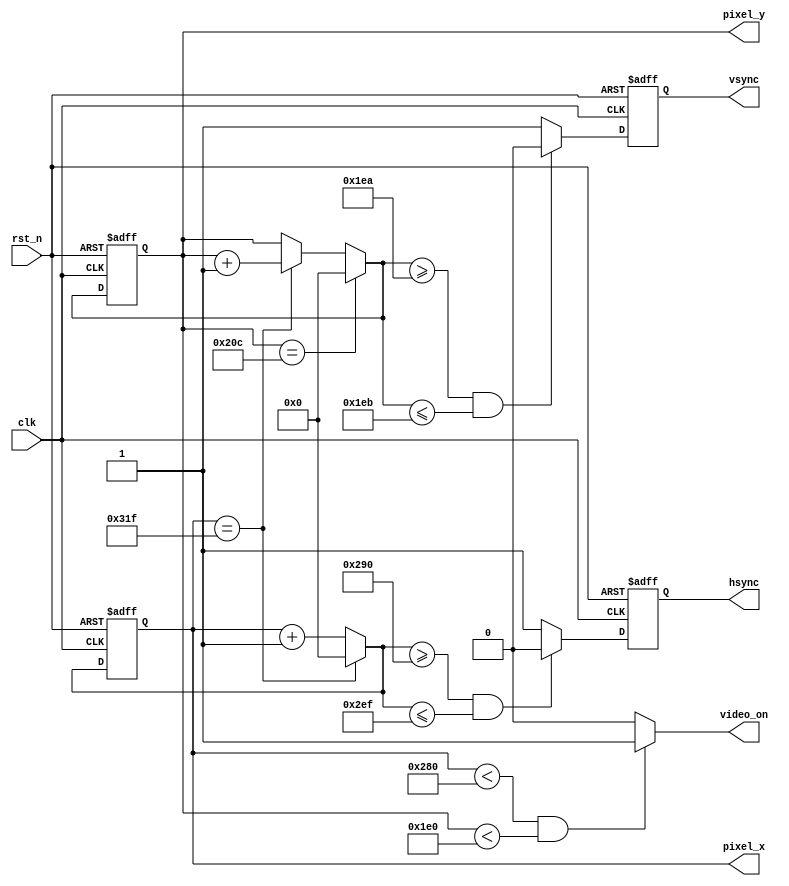
// This program was cloned from: https://github.com/AngeloJacobo/FPGA_RealTime_and_Static_Sobel_Edge_Detection
// License: MIT License

`timescale 1ns / 1ps

module vga_core(
	input wire clk,rst_n, //clock must be 25MHz for 640x480 30fps
	output wire hsync,vsync,
	output reg video_on,
	output wire[11:0] pixel_x,pixel_y
    );		//650x480 parameters
	 localparam HD=640, //Horizontal Display
					HR=16, //Right Border
					HRet=96, //Horizontal Retrace
					HL=48, //Left Border
					
					VD=480, //Vertical Display
					VB=10, //Bottom Border
					VRet=2, //Vertical Retrace
					VT=33; //Top Border
	reg[11:0] vctr_q=0,vctr_d; //counter for vertical scan
	reg[11:0] hctr_q=0,hctr_d; //counter for vertical scan
	reg hsync_q=0,hsync_d;
	reg vsync_q=0,vsync_d;
	//vctr and hctr register operation
	always @(posedge clk,negedge rst_n) begin
		if(!rst_n) begin
			vctr_q<=0;
			hctr_q<=0;
			vsync_q<=0;
			hsync_q<=0;
		end
		else begin
			vctr_q<=vctr_d;
			hctr_q<=hctr_d;
			vsync_q<=vsync_d;
			hsync_q<=hsync_d;
		end
	end
	
	always @* begin
		vctr_d=vctr_q;
		hctr_d=hctr_q;
		video_on=0;
		hsync_d=1; 
		vsync_d=1; 
		
		if(hctr_q==HD+HR+HRet+HL-1) hctr_d=0; //horizontal counter
		else hctr_d=hctr_q+1'b1;
		
		if(vctr_q==VD+VB+VRet+VT-1) vctr_d=0; //vertical counter
		else if(hctr_q==HD+HR+HRet+HL-1) vctr_d=vctr_q+1'b1;
		
		if(hctr_q<HD && vctr_q<VD) video_on=1; //video_on 
		
		if( (hctr_d>=HD+HR) && (hctr_d<=HD+HR+HRet-1) ) hsync_d=0; //horizontal sync 
		if( (vctr_d>=VD+VB) && (vctr_d<=VD+VB+VRet-1) ) vsync_d=0; //vertical sync
				
	end
		assign vsync=vsync_q;
		assign hsync=hsync_q;
		assign pixel_x=hctr_q;
		assign pixel_y=vctr_q;

endmodule